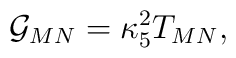
{\cal G}_{MN}=\kappa^2_5T_{MN},